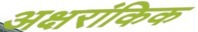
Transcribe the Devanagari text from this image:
अक्षरांकिक